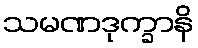
သမဏဒုက္ခာနိ